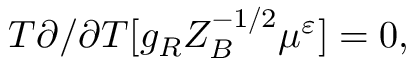
T \partial / \partial T [ g _ { R } Z _ { B } ^ { - 1 / 2 } \mu ^ { \varepsilon } ] = 0 ,